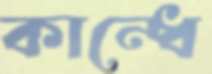
কান্ধে